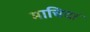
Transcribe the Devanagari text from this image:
माचिदा